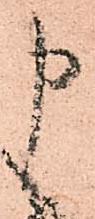
申